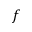
f